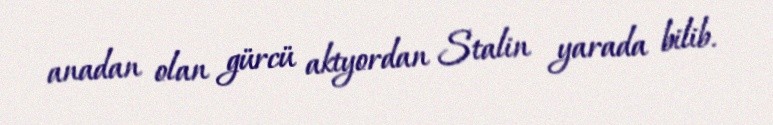
anadan olan gürcü aktyordan Stalin yarada bilib.